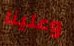
وعلينا